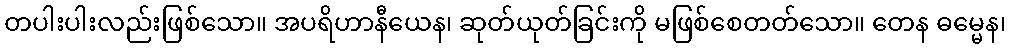
တပါးပါးလည်းဖြစ်သော။ အပရိဟာနီယေန၊ ဆုတ်ယုတ်ခြင်းကို မဖြစ်စေတတ်သော။ တေန ဓမ္မေန၊